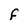
Character: F